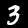
Label: 3